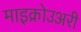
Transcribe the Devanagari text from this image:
माइक्रोउअरी